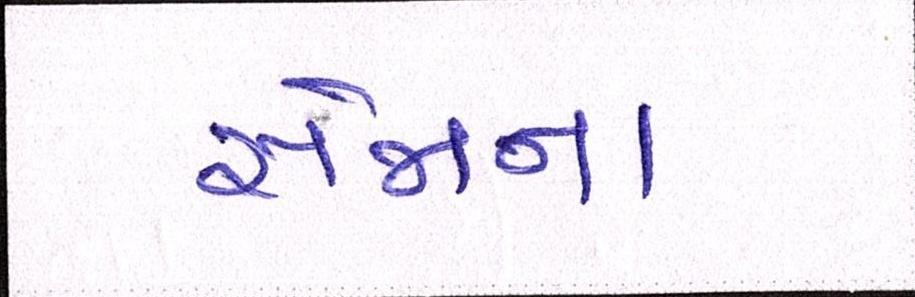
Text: સેજાના